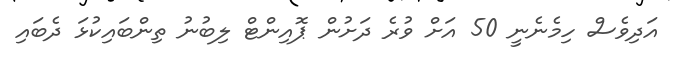
އަދިވެސް ހިމެނެނީ 50 އަށް ވުރެ ދަށުން ޕޮއިންޓް ލިބުނު ތިންބައިކުޅަ ދެބައި